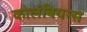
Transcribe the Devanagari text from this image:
कोलंबियन्स